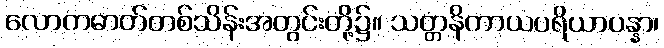
လောကဓာတ်တစ်သိန်းအတွင်းတို့၌။ သတ္တနိကာယပရိယာပန္နာ၊